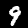
Label: 9